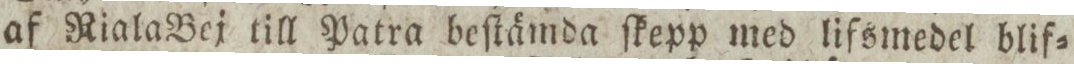
af Riala Bej till Patra beſtämda ſkepp med lifsmedel blif=